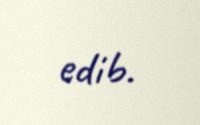
edib.